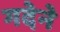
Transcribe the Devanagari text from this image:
गदेने